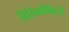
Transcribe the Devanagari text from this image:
डिसिनहिबिटरी